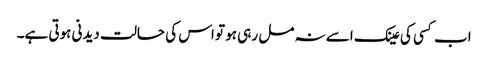
اب کسی کی عینک اسے نہ مل رہی ہو تو اس کی حالت دیدنی ہوتی ہے۔